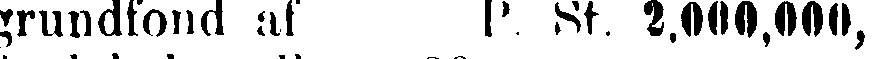
grundfond af P. St. 2,000,000,